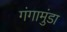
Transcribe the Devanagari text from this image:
गंगामुंडा